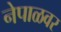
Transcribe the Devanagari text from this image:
नेपाळवर